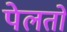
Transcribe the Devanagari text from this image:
पेलतो